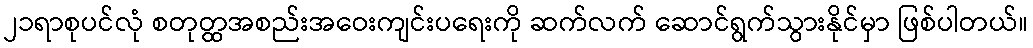
၂၁ရာစုပင်လုံ စတုတ္ထအစည်းအဝေးကျင်းပရေးကို ဆက်လက် ဆောင်ရွက်သွားနိုင်မှာ ဖြစ်ပါတယ်။